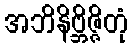
အဘိနိဗ္ဘိဇ္ဇိတုံ